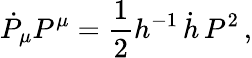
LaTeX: \dot{P}_{\mu}P^{\mu}={\frac{1}{2}}h^{-1}\, \dot{h}\, P^{2}\, ,